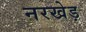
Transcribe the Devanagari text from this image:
नरखेड़